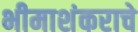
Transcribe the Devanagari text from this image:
भीमाशंकराचे